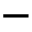
-